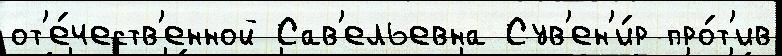
от'е́честв'енной Сав'ельевна Сув'ен'и́р про́т'ив